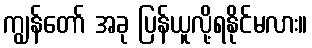
ကျွန်တော် အခု ပြန်ယူလို့ရနိုင်မလား။